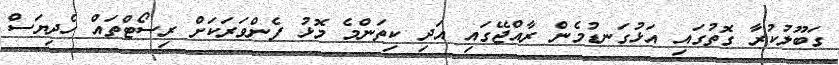
ގަބޫލުކުރާ ގޮތުގައި އަޅުގަނޑުމެން ރާއްޖޭގައި އަދި ކިތަންމެ މޮޅު ފެންވަރަކަށް ރިސޯޓްތައް ހެދިޔަސް